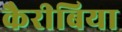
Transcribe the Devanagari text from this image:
कैरीबिया